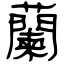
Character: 蘭